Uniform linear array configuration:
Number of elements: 24
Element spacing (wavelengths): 0.5
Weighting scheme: hann
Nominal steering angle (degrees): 15
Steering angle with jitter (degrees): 15.874
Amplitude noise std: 0.05
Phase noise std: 0.05

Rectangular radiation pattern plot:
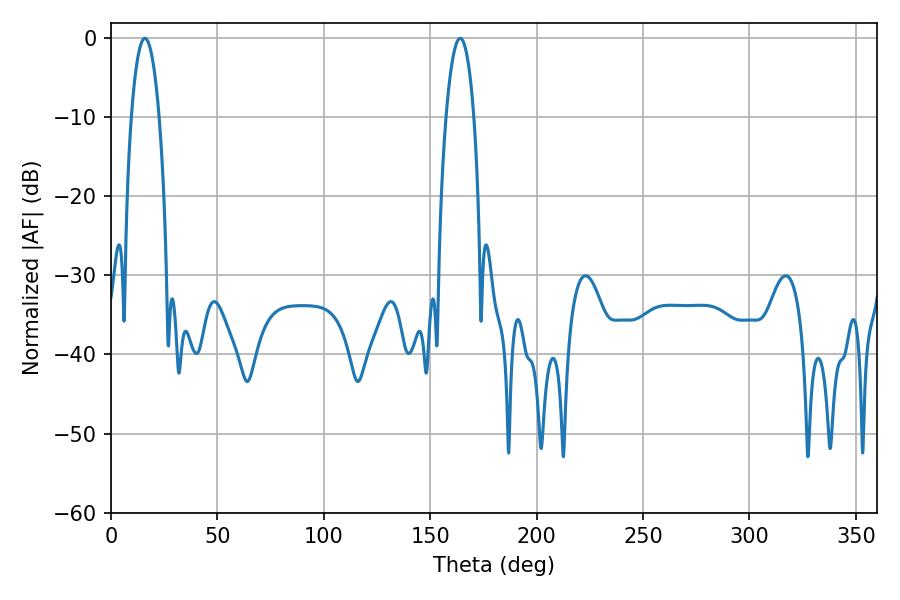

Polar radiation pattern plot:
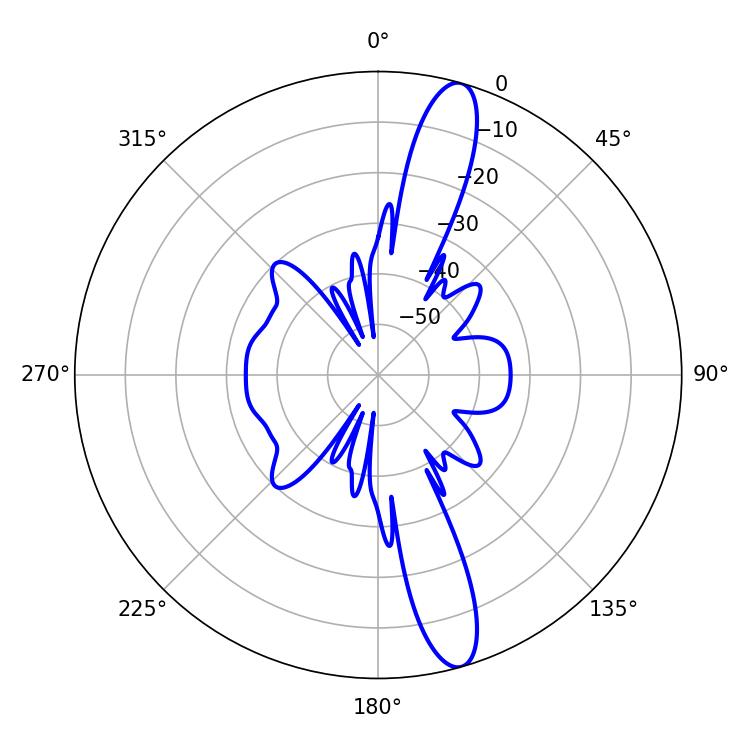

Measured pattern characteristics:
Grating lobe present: FALSE
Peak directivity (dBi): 14.276
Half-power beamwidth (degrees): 7.38
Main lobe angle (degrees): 15.84